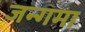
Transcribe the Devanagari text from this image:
जन्गमा